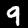
Label: 9